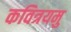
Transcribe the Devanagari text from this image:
कवित्रयमु